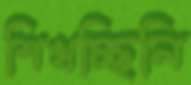
শিখচ্ছিলি